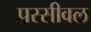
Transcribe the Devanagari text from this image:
परसीवल